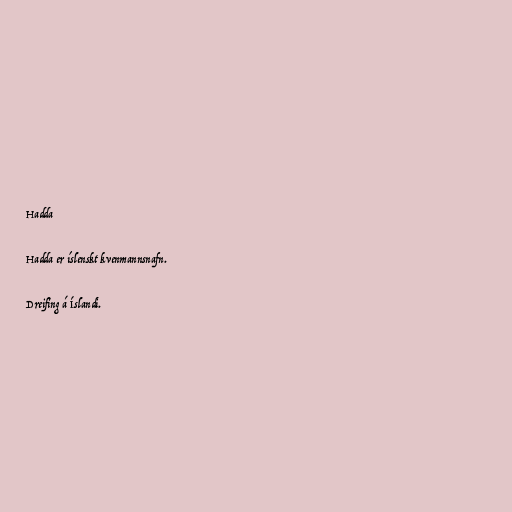
Hadda

Hadda er íslenskt kvenmannsnafn.

Dreifing á Íslandi.